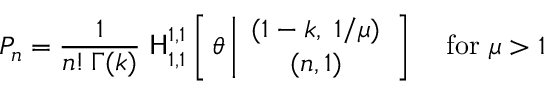
P _ { n } = \frac { 1 } { n ! \, \Gamma ( k ) } \; { \sf H } _ { 1 , 1 } ^ { 1 , 1 } \left[ \, \theta \left| \begin{array} { c } { { ( 1 - k , \; 1 / \mu ) } } \\ { { ( n , 1 ) } } \end{array} \right] \right. \quad \mathrm { f o r ~ } \mu > 1